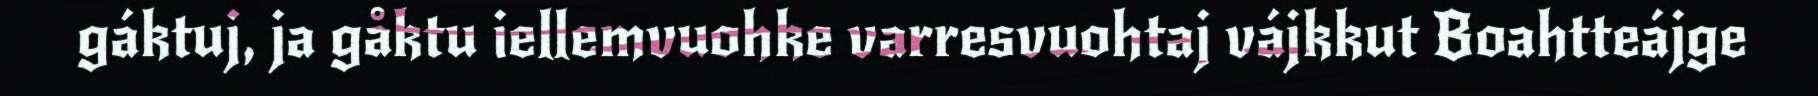
gáktuj, ja gåktu iellemvuohke varresvuohtaj vájkkut Boahtteájge